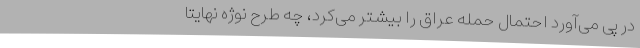
در پی می‌آورد احتمال حمله عراق را بیشتر می‌کرد، چه طرح نوژه نهایتا